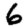
Digit: 6